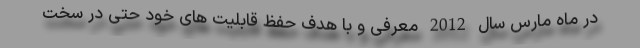
در ماه مارس سال 2012 معرفی و با هدف حفظ قابلیت های خود حتی در سخت